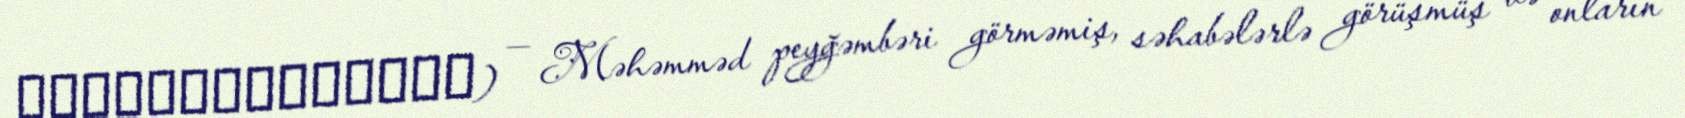
اَلتَّابِعُونَ) — Məhəmməd peyğəmbəri görməmiş, səhabələrlə görüşmüş və onların